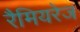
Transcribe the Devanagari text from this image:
रैमियरेज